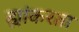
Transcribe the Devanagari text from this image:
ह्यांकरता